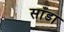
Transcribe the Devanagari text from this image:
साँडा